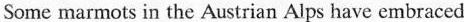
Some marmots in the Austrian Alps have embraced